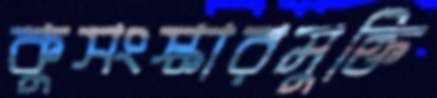
কুসংস্কারমুক্তি